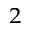
^ 2